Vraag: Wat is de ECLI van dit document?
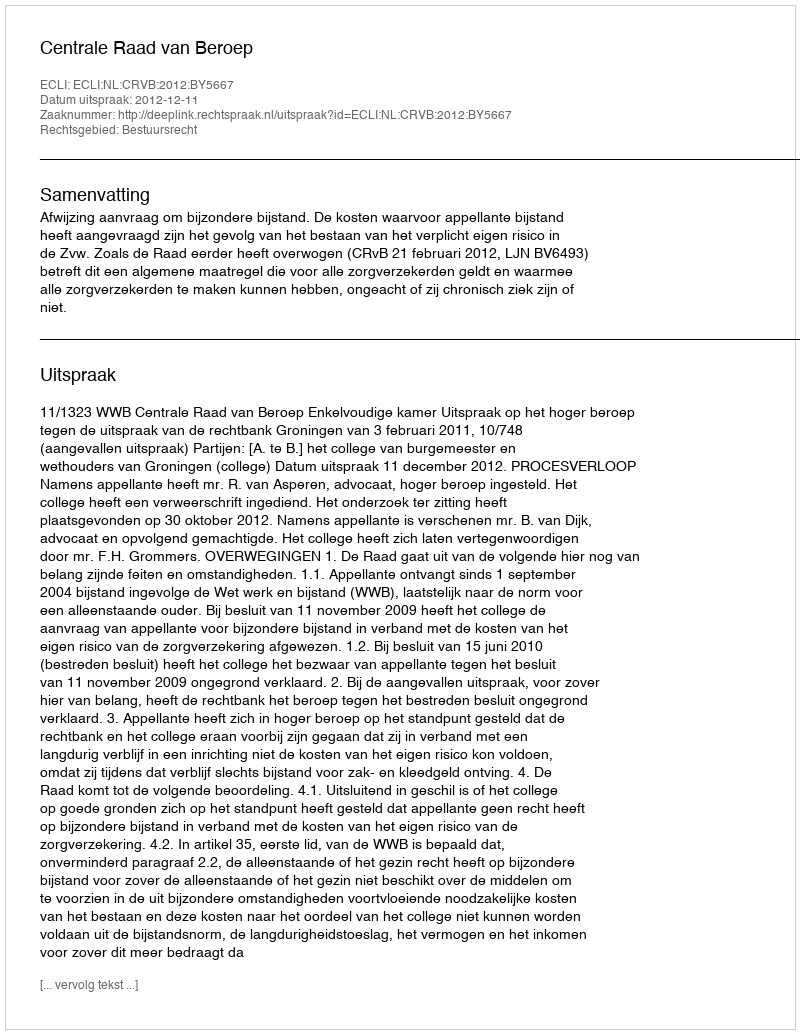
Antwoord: ECLI:NL:CRVB:2012:BY5667